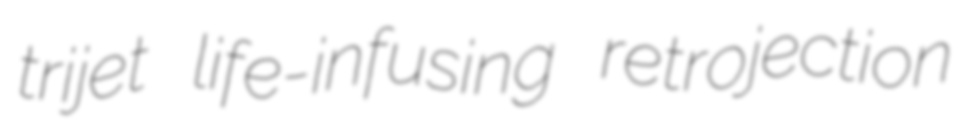
trijet life-infusing retrojection